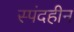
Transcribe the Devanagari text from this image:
स्पंदहीन